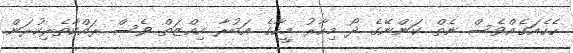
ހެހެއަގެއްވެސް ނެތް ކަންނޭގެ ދޯ މިހާރު މީހާގެ އަބުރާ އިއްޒަތް ވެސް ރައްކާތެރިކުރަން